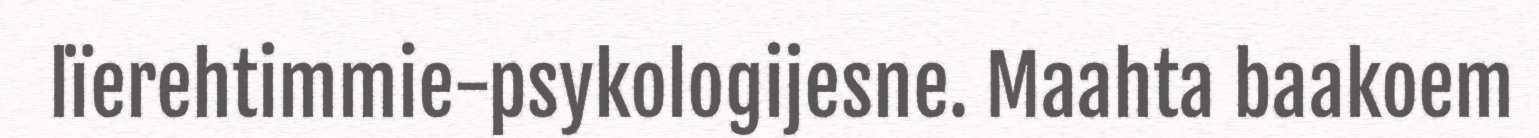
lïerehtimmie-psykologijesne. Maahta baakoem